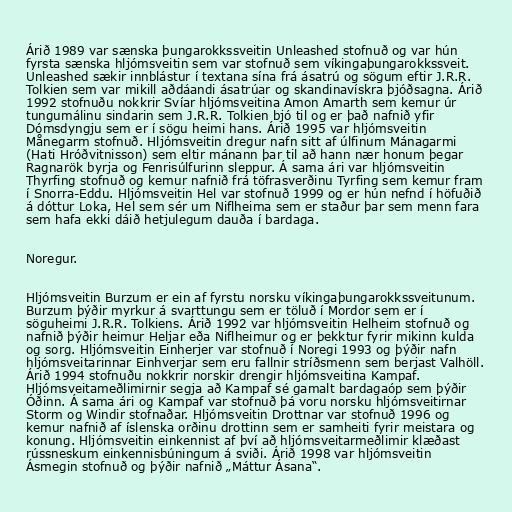
Árið 1989 var sænska þungarokkssveitin Unleashed stofnuð og var hún
fyrsta sænska hljómsveitin sem var stofnuð sem víkingaþungarokkssveit.
Unleashed sækir innblástur í textana sína frá ásatrú og sögum eftir J.R.R.
Tolkien sem var mikill aðdáandi ásatrúar og skandinavískra þjóðsagna. Árið
1992 stofnuðu nokkrir Svíar hljómsveitina Amon Amarth sem kemur úr
tungumálinu sindarin sem J.R.R. Tolkien bjó til og er það nafnið yfir
Dómsdyngju sem er í sögu heimi hans. Árið 1995 var hljómsveitin
Månegarm stofnuð. Hljómsveitin dregur nafn sitt af úlfinum Mánagarmi
(Hati Hróðvitnisson) sem eltir mánann þar til að hann nær honum þegar
Ragnarök byrja og Fenrisúlfurinn sleppur. Á sama ári var hljómsveitin
Thyrfing stofnuð og kemur nafnið frá töfrasverðinu Tyrfing sem kemur fram
í Snorra-Eddu. Hljómsveitin Hel var stofnuð 1999 og er hún nefnd í höfuðið
á dóttur Loka, Hel sem sér um Niflheima sem er staður þar sem menn fara
sem hafa ekki dáið hetjulegum dauða í bardaga.

Noregur.

Hljómsveitin Burzum er ein af fyrstu norsku víkingaþungarokkssveitunum.
Burzum þýðir myrkur á svarttungu sem er töluð í Mordor sem er í
söguheimi J.R.R. Tolkiens. Árið 1992 var hljómsveitin Helheim stofnuð og
nafnið þýðir heimur Heljar eða Niflheimur og er þekktur fyrir mikinn kulda
og sorg. Hljómsveitin Einherjer var stofnuð í Noregi 1993 og þýðir nafn
hljómsveitarinnar Einhverjar sem eru fallnir stríðsmenn sem berjast Valhöll.
Árið 1994 stofnuðu nokkrir norskir drengir hljómsveitina Kampaf.
Hljómsveitameðlimirnir segja að Kampaf sé gamalt bardagaóp sem þýðir
Óðinn. Á sama ári og Kampaf var stofnuð þá voru norsku hljómsveitirnar
Storm og Windir stofnaðar. Hljómsveitin Drottnar var stofnuð 1996 og
kemur nafnið af íslenska orðinu drottinn sem er samheiti fyrir meistara og
konung. Hljómsveitin einkennist af því að hljómsveitarmeðlimir klæðast
rússneskum einkennisbúningum á sviði. Árið 1998 var hljómsveitin
Ásmegin stofnuð og þýðir nafnið „Máttur Ásana“.